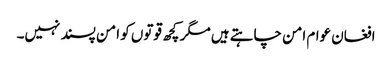
افغان عوام امن چاہتے ہیں مگر کچھ قوتوں کو امن پسند نہیں۔